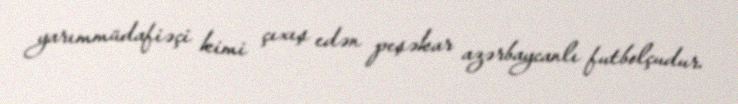
yarımmüdafiəçi kimi çıxış edən peşəkar azərbaycanlı futbolçudur.